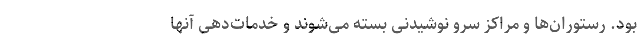
بود. رستوران‌ها و مراکز سرو نوشیدنی بسته می‌شوند و خدمات‌دهی آنها